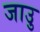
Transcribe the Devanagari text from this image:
जाउु